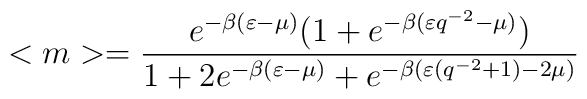
<m>=\frac{e^{-\beta(\varepsilon-\mu)}(1+e^{-\beta(\varepsilon q^{-2}-\mu)})}{1+2e^{-\beta (\varepsilon-\mu)}+e^{-\beta (\varepsilon(q^{-2}+1)-2\mu)}}